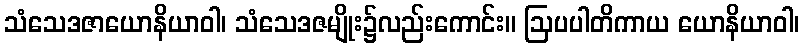
သံသေဒဇာယောနိယာဝါ၊ သံသေဒဇမျိုး၌လည်းကောင်း။ ဩပပါတိကာယ ယောနိယာဝါ၊